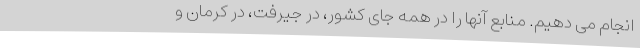
انجام می دهیم. منابع آنها را در همه جای کشور، در جیرفت، در کرمان و